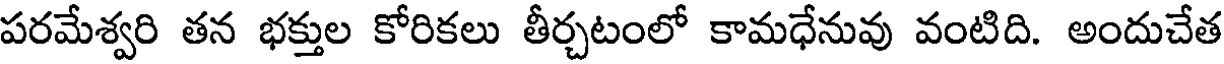
పరమేశ్వరి తన భక్తుల కోరికలు తీర్చటంలో కామధేనువు వంటిది. అందుచేత